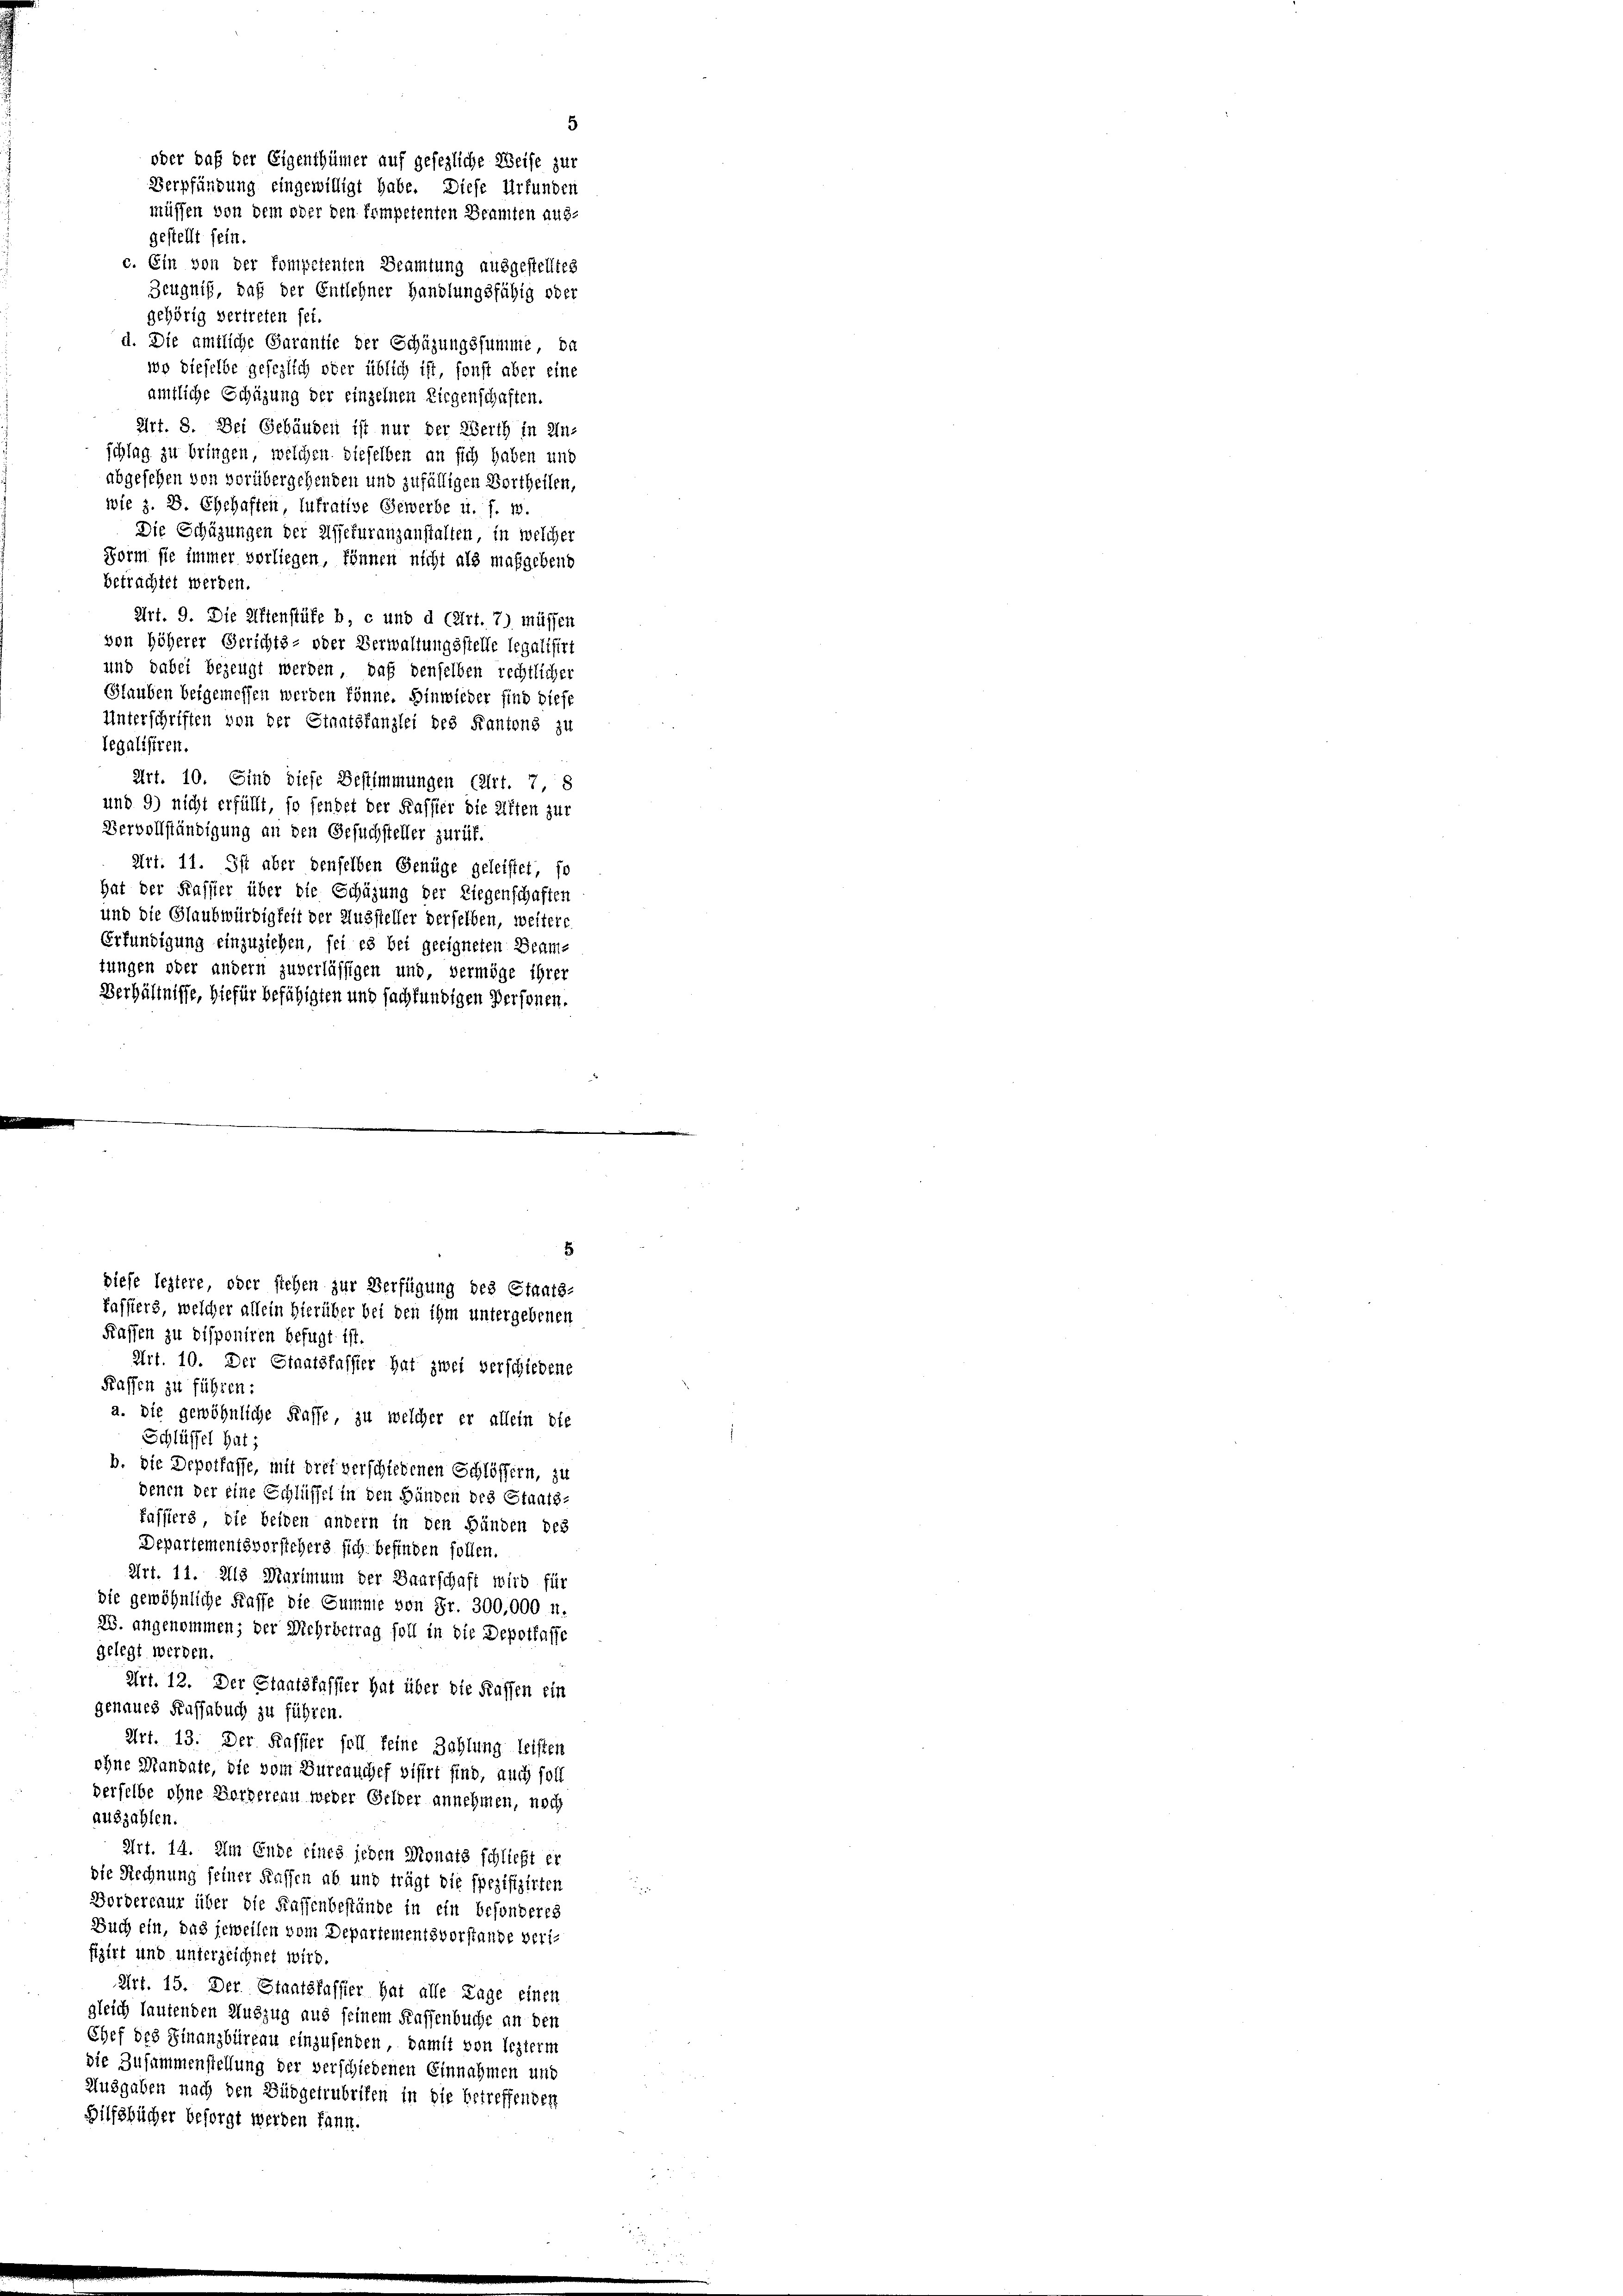
gehörig vertreten sei.
d. Die ämtliche Garantie der Schüzungssumme, da
wo dieselbe gesezlich oder üblich ist, sonst aber eine
amtliche Schüzung der einzelnen Liegenschaften.
Art. 8. Der Gebäuden ist nur der Werth in Un-
schlag zu bringen, welchen dieselben an sich haben und
abgesehen von vorübergehenden und zufälligen Vortheilen,
wie z. B. Ehehaften lutrative Gewerbe u. f. 1.
Die Schüzungen der Assekuranzanstalten, in welcher
Form sie immer vorliegen, können nicht als maßgebend
betrachtet werden.
Art. 9. Die elftenstüfe b, c und d (Art. 7) müssen
von höherer Gerichts- oder Verwaltungsstelle legalisirt
und dabei bezeugt werden, daß denselben rechtlicher
Glauben beigemessen werden könne. Hinwieder find diese
Unterschriften von der Staatskanzlei des Kantons zu
legalisiren.
Art. 10. Sind diese Bestimmungen (Art. 7, 8
und 9) nicht erfüllt, so fendet der Kassier die Ritten zur
Vervollständigung an den Gesuchsteller zurük.
Art. 11. Ist aber denselben Genüge geleistet, so
hat der Kassier über die Schäzung der Liegenschaften
und die Glaubwürdigkeit der Aussteller derselben, weitere
Erfündigung einzuziehen, sei es bei geeigneten Beamtungen oder andern zuverlässigen und, vermöge ihrer
Verhältnisse, hiefür befähigten und fachfündigen Personen.

Art. 10. Der Staatsfassier hat zwei verschiedene
Kaffen zu führen:
a. die gewöhnliche Kasse zu welcher er allein die
Schlüssel hat;
b. die Depotlasse, mit drei verschiedenen Schlöffern, zu
denen der eine Schlüssel in den Händen des Staats-
Passiers, die beiden andern in den Bünden des
Departementsvorsichers sich befinden sollen.
Art. 11. Als Marimum der Baarschaft wird für
die gewöhnliche Frasse die Summe von Fr. 300,000 u.
25. angenommen; der Mehrbetrag soll in die Depotlasse
gelegt werden.
Art. 12. Der Staatsfasster hat über die Kassen ein
genaues Ruffabuch zu führen.
Art. 13. Der Kassier foll keine Zahlung leisten
ohne Mandate, die vom Bureauches visirt sind, auch soll
derselbe ohne Fordereau weder Gelder annehmen, noch
auszahlen.
Art. 14. Am Ende eines jeden Monats schließt er
die Rechnung seiner Kassen ab und trägt die spezifizirten
Borderenur über die Kaffenbestände in ein besonderes
Buch ein, das jeweilen vom Departementsvorstande verifizirt und unterzeichnet wird.
Art. 15. Der Staatskassier hat alle Lage einen
gleich lautenden Auszug aus seinem Kaffenbuche an den
Chef des Finanzbüreau einzusenden, damit von lezterm
die Zusammenstellung der verschiedenen Einnahmen und
Ausgaben nach den Büdgetrubrifen in die betreffenden
Hilfsbücher besorgt werden kann.

5
oder daß der Eigenthümer auf gesezliche Weise zur
Verpfündung eingewilligt habe. Diese Urfunden
müssen von dem oder den tempetenten Beamten aus-
gestellt sein.
c. Ein von der Pompetenten Beamtung ausgestelltes
Zeugniß, daß der Entlehner Handlungsfähig oder

5
diese leztere, oder stehen zur Verfügung des Staats-
fassters, welcher allein hierüber bei den ihm untergebenen
Kassen zu disponiren befugt ist